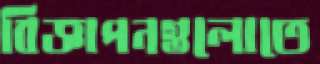
বিজ্ঞাপনগুলোতে